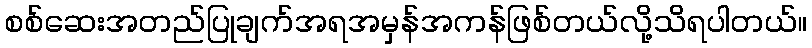
စစ်ဆေးအတည်ပြုချက်အရအမှန်အကန်ဖြစ်တယ်လို့သိရပါတယ်။